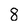
Character: 8